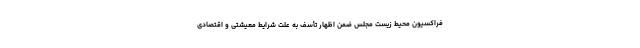
فراکسیون محیط زیست مجلس ضمن اظهار تأسف به علت شرایط معیشتی و اقتصادی